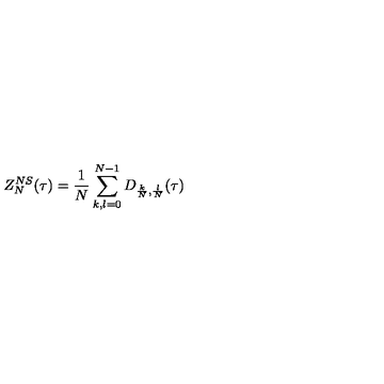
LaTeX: Z _ { N } ^ { N S } ( \tau ) = \frac 1 N \sum _ { k , l = 0 } ^ { N - 1 } D _ { \frac { k } { N } , \frac { l } { N } } ( \tau )